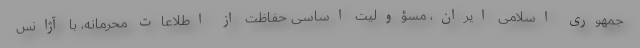
جمهوری اسلامی ایران، مسؤولیت اساسی حفاظت از اطلاعات محرمانه، با آژانس